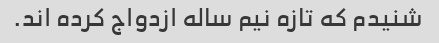
شنیدم که تازه نیم ساله ازدواج کرده اند.